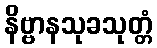
နိဗ္ဗာနသုခသုတ္တံ